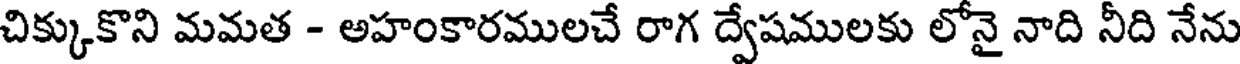
చిక్కుకొని మమత - అహంకారములచే రాగ ద్వేషములకు లోనై నాది నీది నేను